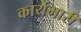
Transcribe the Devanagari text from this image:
कार्यभारी